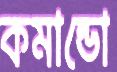
কমান্ডো